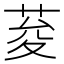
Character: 荾